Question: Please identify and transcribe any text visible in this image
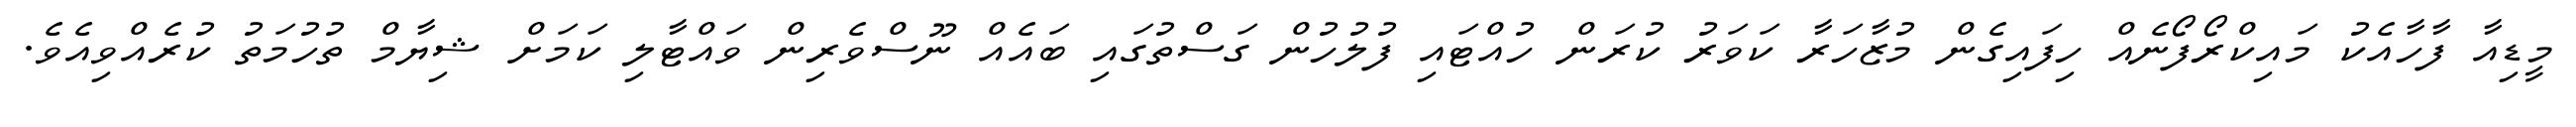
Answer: މީޑިއާ ފާހާއެކު މައިކްރޯފޯނެއް ހިފައިގެން މުޒާހަރާ ކަވަރު ކުރަން ހުއްޓައި ފުލުހުން ގަސްތުގައި ބައެއް ނޫސްވެރިން ވައްޓާލި ކަމަށް ޝިޔާމް ތުހުމަތު ކުރެއްވިއެވެ.